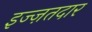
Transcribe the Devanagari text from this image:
इज्ज़तदार